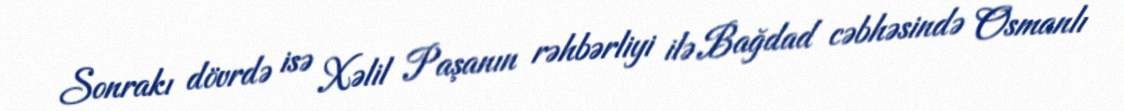
Sonrakı dövrdə isə Xəlil Paşanın rəhbərliyi ilə Bağdad cəbhəsində Osmanlı